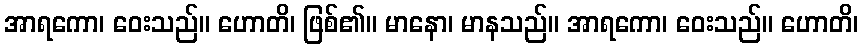
အာရကော၊ ဝေးသည်။ ဟောတိ၊ ဖြစ်၏။ မာနော၊ မာနသည်။ အာရကော၊ ဝေးသည်။ ဟောတိ၊